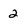
Character: 2